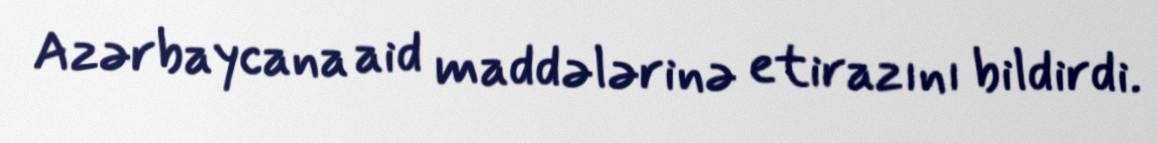
Azərbaycana aid maddələrinə etirazını bildirdi.